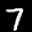
Label: 7